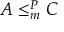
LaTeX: A \leq _ { m } ^ { P } C